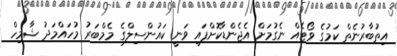
އިތުބާރުނެތް ކަމުގެ ވޯޓެއް ނެގުމަށް އެޖެންޑާކޮށްފައި ވަނީ ކައުންސިލްގެ މެމްބަރު މުހައްމަދު ޝާމިހް